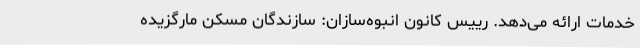
خدمات ارائه می‌دهد. رییس کانون انبوه‌سازان: سازندگان مسکن مارگزیده